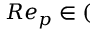
R e _ { p } \in (